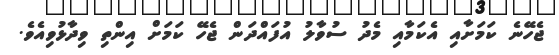
ޖެހޭނެ ކަމަށާއި އެކަމާއި މެދު ސުވާލު އުފައްދަން ޖެހޭ ކަމަށް އިންތި ވިދާޅުވިއެވެ.